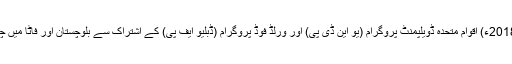
20 اپریل2018ء) اقوام متحدہ ڈویلپمنٹ پروگرام (یو این ڈی پی) اور ورلڈ فوڈ پروگرام (ڈبلیو ایف پی) کے اشتراک سے بلوچستان اور فاٹا میں چائنا سائوتھ۔